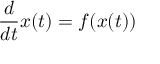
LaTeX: { \frac { d } { d t } } x ( t ) = f ( x ( t ) )